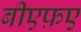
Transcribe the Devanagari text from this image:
बीएफ़ए